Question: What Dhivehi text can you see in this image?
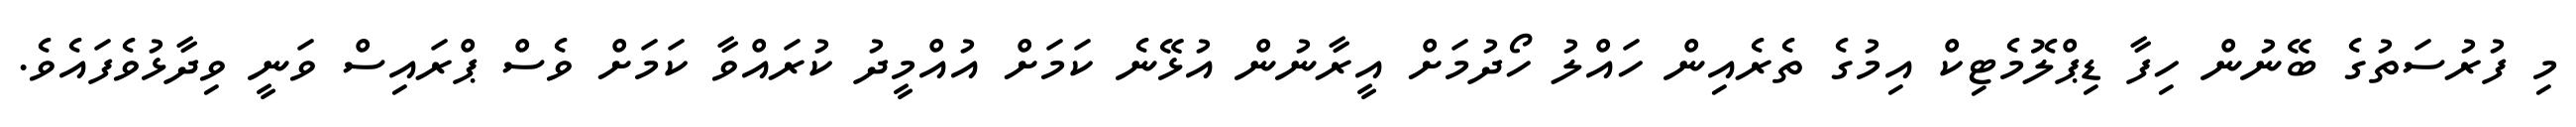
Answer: މި ފުރުސަތުގެ ބޭނުން ހިފާ ޑިޕްލޮމެޓިކް އިމުގެ ތެރެއިން ހައްލު ހޯދުމަށް އީރާނުން އުޅޭނެ ކަމަށް އުއްމީދު ކުރައްވާ ކަމަށް ވެސް ޕްރައިސް ވަނީ ވިދާޅުވެފައެވެ.